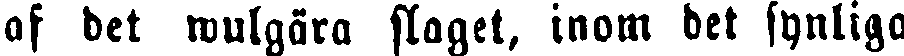
af det wulgära slaget, inom det synliga